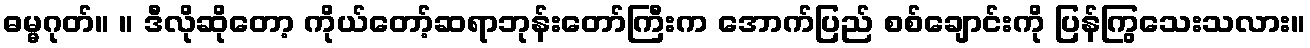
ဓမ္မဂုတ်။ ။ ဒီလိုဆိုတော့ ကိုယ်တော့်ဆရာဘုန်းတော်ကြီးက အောက်ပြည် စစ်ချောင်းကို ပြန်ကြွသေးသလား။